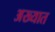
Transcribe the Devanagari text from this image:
अख्यात